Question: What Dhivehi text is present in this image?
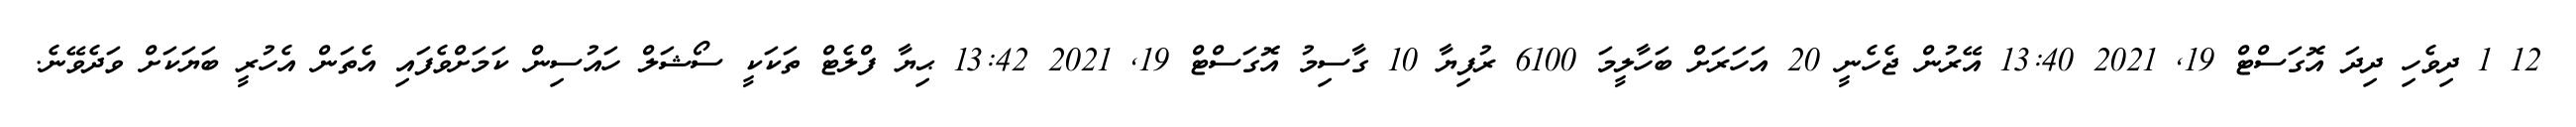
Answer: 12 1 ދިވެހި ދިދަ އޮގަސްޓް 19, 2021 13:40 އޭރުން ޖެހެނީ 20 އަހަރަށް ބަހާލީމަ 6100 ރުފިޔާ 10 ގާސިމު އޮގަސްޓް 19, 2021 13:42 ޙިޔާ ފްލެޓް ތަކަކީ ސޯޝަލް ހައުސިން ކަމަށްވެފައި އެތަން އެހުރީ ބަޔަކަށް ވަދެވޭނެ.